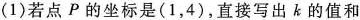
(1)若点P的坐标是(1，4)，直接写出k的值和